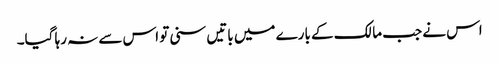
اس نے جب مالک کے بارے میں باتیں سنی تو اس سے نہ رہا گیا۔